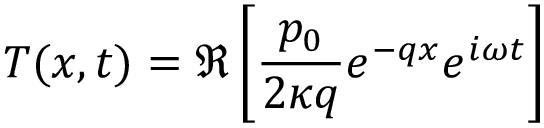
T ( x , t ) = \Re \left[ \frac { p _ { 0 } } { 2 \kappa q } e ^ { - q x } e ^ { i \omega t } \right]